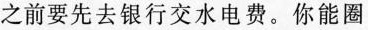
之前要先去银行交水电费。你能圈